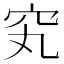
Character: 䆒